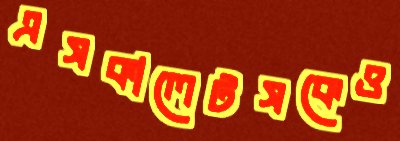
এসকালেটসকেও